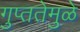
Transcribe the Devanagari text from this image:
गुप्ततेमुळे